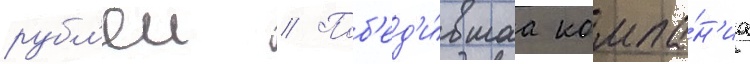
рубл'еи // Поб'ед'и́вшаа компа́н'иа